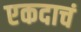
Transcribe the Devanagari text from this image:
एकदाचं